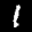
Label: 1